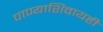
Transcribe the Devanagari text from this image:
पाण्याशिवायही